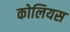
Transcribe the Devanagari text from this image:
कोलियस